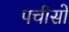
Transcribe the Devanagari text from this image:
पचीसो